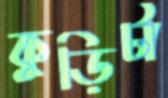
কুড়িটা